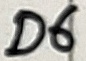
Text: D6